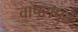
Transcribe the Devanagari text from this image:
वापरापुढे